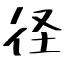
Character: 径